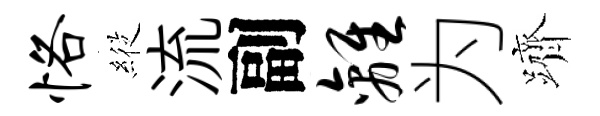
恪𦂵流副离为躋